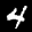
Label: 4